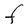
Character: F